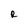
Character: R